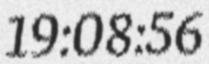
19:08:56